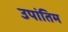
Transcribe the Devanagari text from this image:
उपांतिम